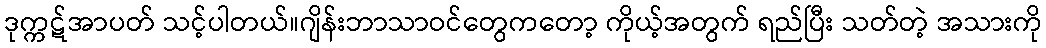
ဒုက္ကဋ်အာပတ် သင့်ပါတယ်။ဂျိန်းဘာသာဝင်တွေကတော့ ကိုယ့်အတွက် ရည်ပြီး သတ်တဲ့ အသားကို